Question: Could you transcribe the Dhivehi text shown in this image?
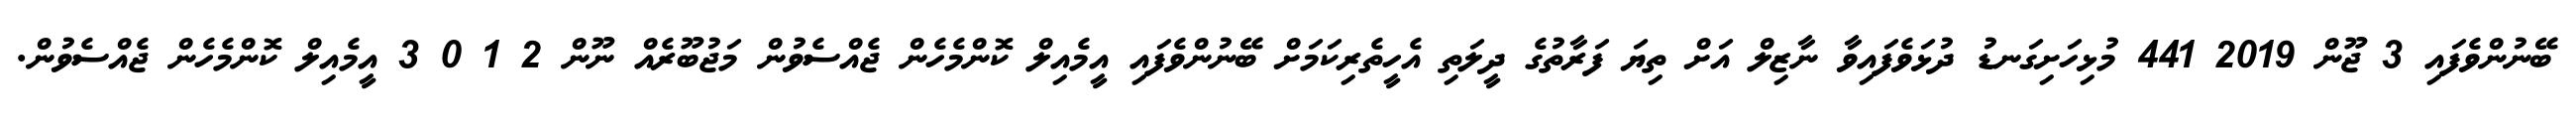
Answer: ބޭނުންވެފައި 3 ޖޫން 2019 441 މުޅިހަށިގަނޑު ދުޅަވެފައިވާ ނާޒިލް އަށް ތިޔަ ފަރާތުގެ ދީލަތި އެހީތެރިކަމަށް ބޭނުންވެފައި އީމެއިލް ކޮންމެހެން ޖެއްސެވުން މަޖުބޫރެއް ނޫން 2 1 0 3 އީމެއިލް ކޮންމެހެން ޖެއްސެވުން.